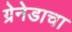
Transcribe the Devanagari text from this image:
ग्रेनेडाचा